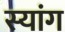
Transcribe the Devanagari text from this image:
स्‍यांग